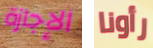
الإجازة رأونا